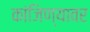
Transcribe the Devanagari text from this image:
कांजिण्यावर